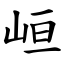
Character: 峘